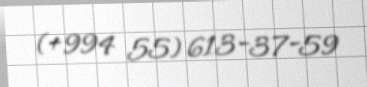
(+994 55) 613-37-59